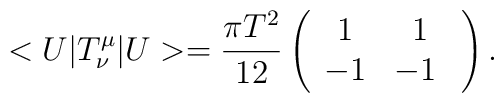
<U|T^\mu_\nu|U>=\frac{\pi T^{2}}{12}\left(\begin{array}{cc}   1 & 1 \\   -1 &-1 \   \end{array}\right).